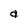
Character: a